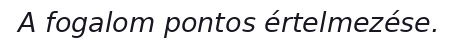
A fogalom pontos értelmezése.